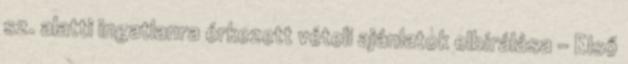
sz. alatti ingatlanra érkezett vételi ajánlatok elbírálása - Első